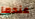
عندما